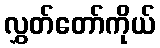
လွှတ်တော်ကိုယ်